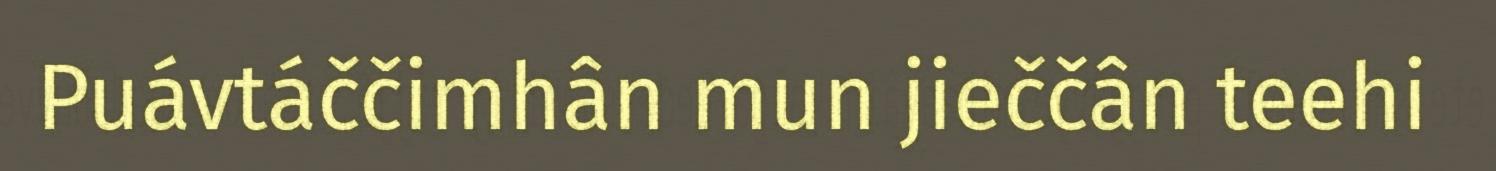
Puávtáččimhân mun jieččân teehi